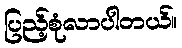
ပြည့်စုံလာပါတယ်။